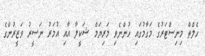
ހެލްތް މިނިސްޓަރުގެ މަގާމުގައި ހުންނެވި މަރިޔަމް ޝަކީލާ އާއި އުމަރު ނަސީރު ވަޒީރުންގެ